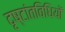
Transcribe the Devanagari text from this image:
दृष्टांतविधियों